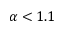
\alpha < 1 . 1